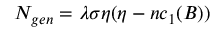
N _ { g e n } = \lambda \sigma \eta ( \eta - n c _ { 1 } ( B ) )